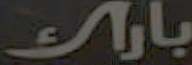
باراك